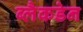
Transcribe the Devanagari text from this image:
ब्लैकडेन